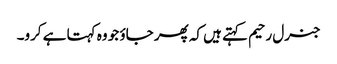
جنرل رحیم کہتے ہیں کہ پھر جاؤ جو وہ کہتا ہے کرو۔